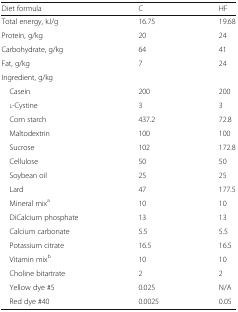
| Diet formula | C | HF |
 | --- | --- | --- |
 | Total energy, kJ/g | 16.75 | 19.68 |
 | Protein, g/kg | 20 | 24 |
 | Carbohydrate, g/kg | 64 | 41 |
 | Fat, g/kg | 7 | 24 |
 | <COLSPAN=3> Ingredient, g/kg |
 | Casein | 200 | 200 |
 | l-Cystine | 3 | 3 |
 | Corn starch | 437.2 | 72.8 |
 | Maltodextrin | 100 | 100 |
 | Sucrose | 102 | 172.8 |
 | Cellulose | 50 | 50 |
 | Soybean oil | 25 | 25 |
 | Lard | 47 | 177.5 |
 | Mineral mixa | 10 | 10 |
 | DiCalcium phosphate | 13 | 13 |
 | Calcium carbonate | 5.5 | 5.5 |
 | Potassium citrate | 16.5 | 16.5 |
 | Vitamin mixb | 10 | 10 |
 | Choline bitartrate | 2 | 2 |
 | Yellow dye #5 | 0.025 | N/A |
 | Red dye #40 | 0.0025 | 0.05 |